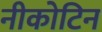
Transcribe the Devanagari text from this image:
नीकोटिन